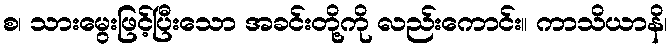
စ၊ သားမွေးဖြင့်ပြီးသော အခင်းတို့ကို လည်းကောင်း။ ကာသိယာနိ၊